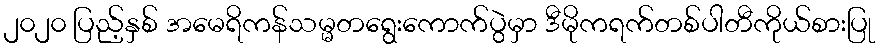
၂၀၂၀ ပြည့်နှစ် အမေရိကန်သမ္မတရွေးကောက်ပွဲမှာ ဒီမိုကရက်တစ်ပါတီကိုယ်စားပြု